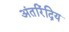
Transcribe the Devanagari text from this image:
अंतरिंद्रिय